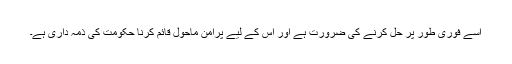
اسے فوری طور پر حل کرنے کی ضرورت ہے اور اس کے لیے پرامن ماحول قائم کرنا حکومت کی ذمہ داری ہے۔